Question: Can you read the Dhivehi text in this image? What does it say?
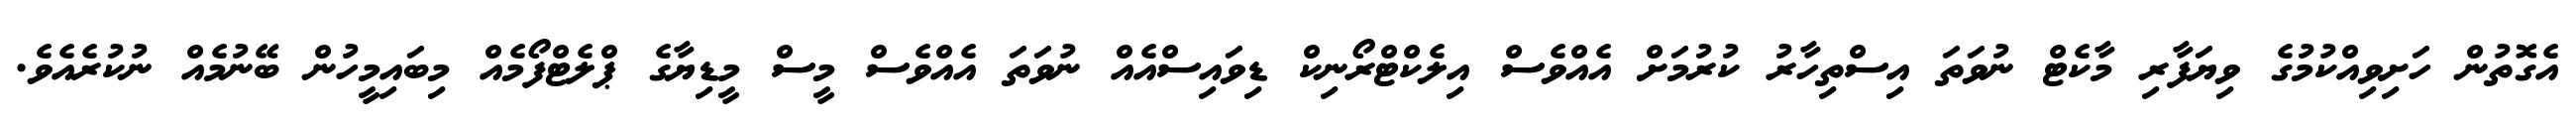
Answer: އެގޮތުން ހަށިވިއްކުމުގެ ވިޔަފާރި މާކެޓް ނުވަތަ އިސްތިހާރު ކުރުމަށް އެއްވެސް އިލެކްޓްރޯނިކް ޑިވައިސްއެއް ނުވަތަ އެއްވެސް މީސް މީޑިޔާގެ ޕްލެޓްފޯމެއް މިބައިމީހުން ބޭނުމެއް ނުކުރެއެވެ.